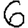
Digit: 6